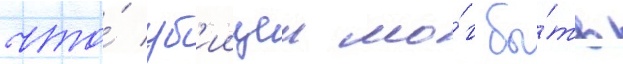
что́ уб'иицеи мо́г бы́ть